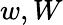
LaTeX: w,W